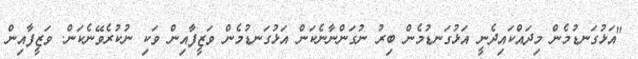
"އަޅުގަނޑުމެން މިދައްކައިދެނީ އަޅުގަނޑުމެން ބިރު ނުގަންނާނެކަން އަޅުގަނޑުމެން ވަޒީފާއިން ވަކި ނުކުރެވޭނެކަން. ވަޒީފާއިން